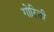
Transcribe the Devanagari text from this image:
गोरिची